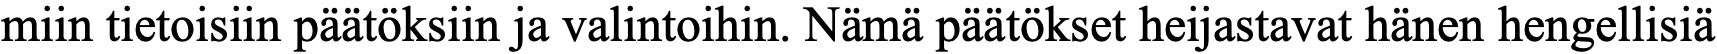
miin tietoisiin päätöksiin ja valintoihin. Nämä päätökset heijastavat hänen hengellisiä